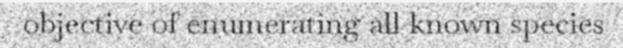
objective of enumerating all known species